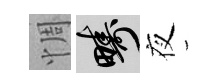
惆疇夜